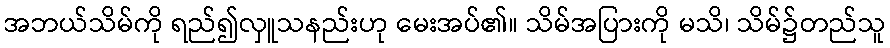
အဘယ်သိမ်ကို ရည်၍လှူသနည်းဟု မေးအပ်၏။ သိမ်အပြားကို မသိ၊ သိမ်၌တည်သူ